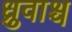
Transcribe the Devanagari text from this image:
ध्रुवाश्च